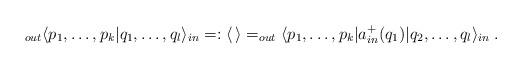
LaTeX: \begin{align*}_{out}\langle p_{1},\dots ,p_{k}|q_{1},\dots ,q_{l}\rangle _{in}=:\langle \, \rangle =_{out}\langle p_{1},\dots ,p_{k}|a_{in}^{+}(q_{1})|q_{2},\dots ,q_{l}\rangle _{in}\; .\end{align*}